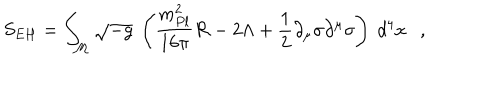
LaTeX: S _ { E H } = \int _ { \cal M } \sqrt { - g } ~ \left( { \frac { m _ { P l } ^ { 2 } } { 1 6 \pi } } { \cal R } - 2 \Lambda + { \frac { 1 } { 2 } } \partial _ { \mu } \sigma \partial ^ { \mu } \sigma \right) ~ d ^ { 4 } x ,